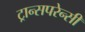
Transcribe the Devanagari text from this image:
ट्रान्सपरेन्सी